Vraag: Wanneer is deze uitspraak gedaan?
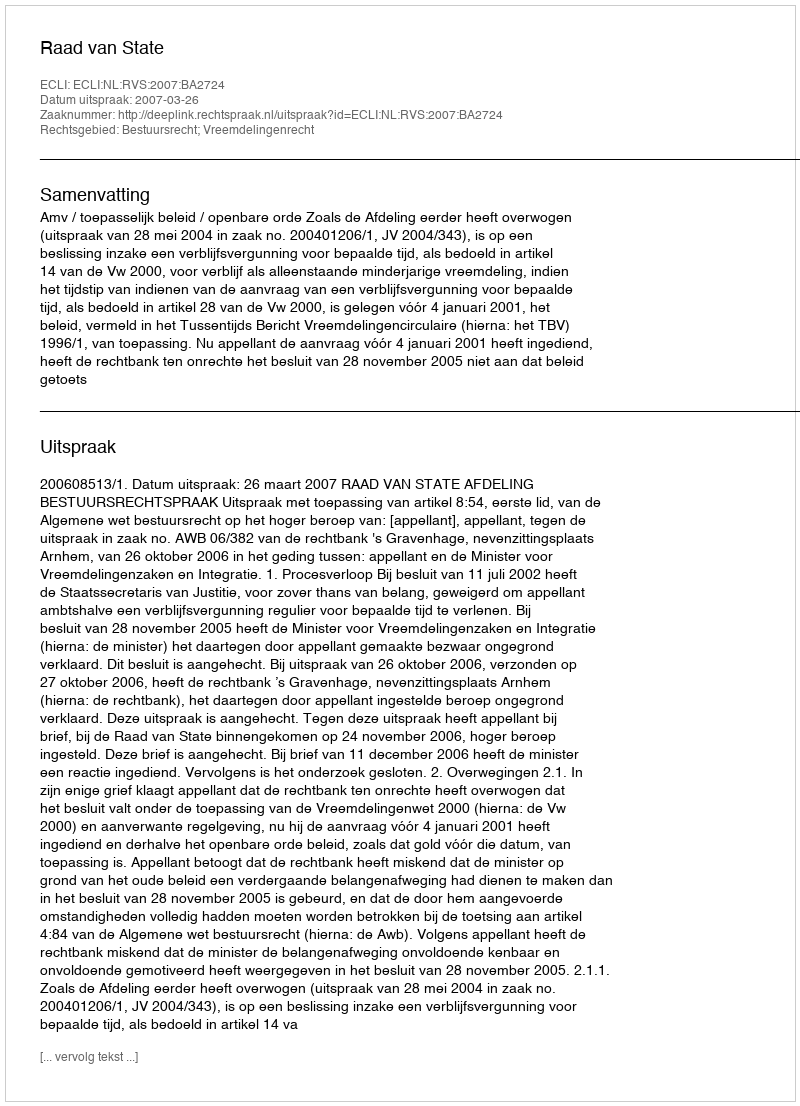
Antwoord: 2007-03-26